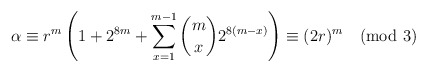
\begin{align*} \alpha \equiv r^m\left(1+2^{8m} +\sum_{x=1}^{m-1}\binom{m}{x}2^{8(m-x)}\right) \equiv (2r)^m \pmod{3}\end{align*}